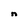
Character: n